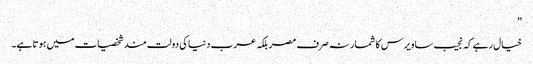
”
خیال رہے کہ نجیب ساویرس کا شمار نہ صرف مصر بلکہ عرب دنیا کی دولت مند شخصیات میں ہوتا ہے۔